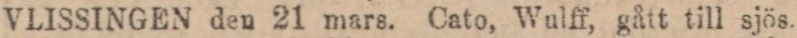
VLISSINGEN den 21 mars. Cato, Wulff, gått till sjös.